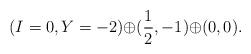
LaTeX: \begin{align*}(I=0,Y=-2){\oplus}(\frac{1}{2},-1){\oplus}(0,0).\end{align*}